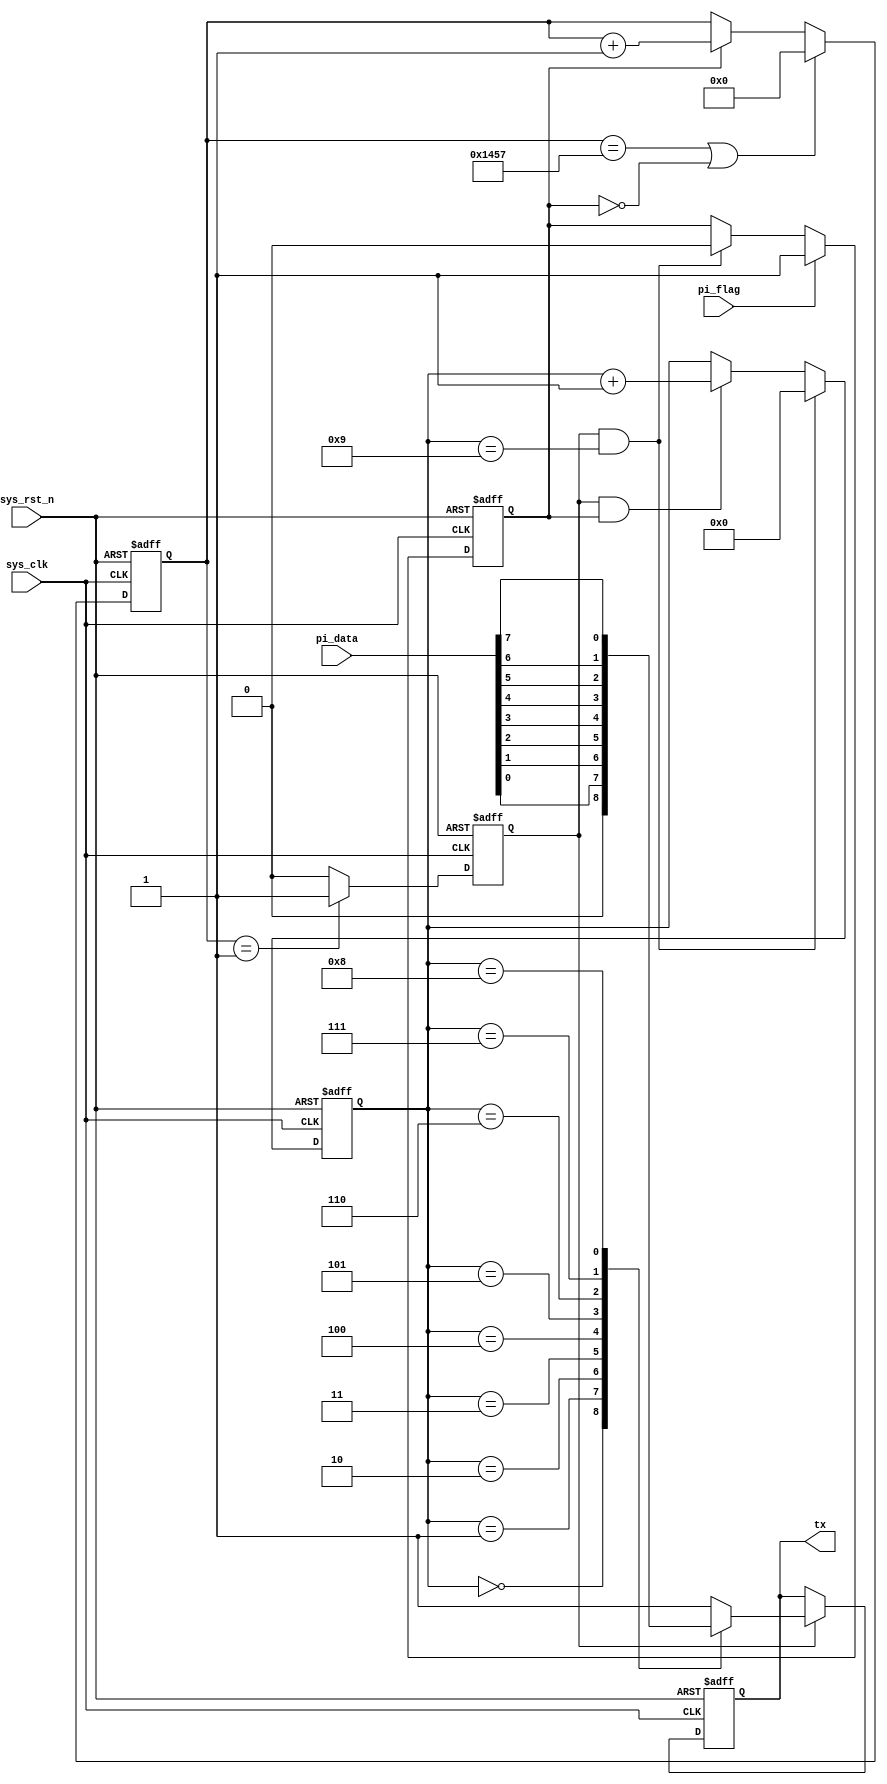
`timescale  1ns/1ns
////////////////////////////////////////////////////////////////////////
// Module Name   : uart_tx
// Project Name  : uart_sd
// Target Devices: Altera EP4CE10F17C8N
// Tool Versions : Quartus 13.0
// Description   : 
// 
// Revision      : V1.0
// Additional Comments:
// 
// : _Pro_FPGA
//     : http://www.embedfire.com
//     : http://www.firebbs.cn
//     : https://fire-stm32.taobao.com
////////////////////////////////////////////////////////////////////////

module  uart_tx
#(
    parameter   UART_BPS    =   'd9600,         //
    parameter   CLK_FREQ    =   'd50_000_000    //
)
(
     input   wire            sys_clk     ,   //50MHz
     input   wire            sys_rst_n   ,   //
     input   wire    [7:0]   pi_data     ,   //8bit
     input   wire            pi_flag     ,   //
 
     output  reg             tx              //1bit
);

//********************************************************************//
//****************** Parameter and Internal Signal *******************//
//********************************************************************//
//localparam    define
localparam  BAUD_CNT_MAX    =   CLK_FREQ/UART_BPS   ;

//reg   define
reg [12:0]  baud_cnt;
reg         bit_flag;
reg [3:0]   bit_cnt ;
reg         work_en ;

//********************************************************************//
//***************************** Main Code ****************************//
//********************************************************************//
//work_en:
always@(posedge sys_clk or negedge sys_rst_n)
        if(sys_rst_n == 1'b0)
            work_en <= 1'b0;
        else    if(pi_flag == 1'b1)
            work_en <= 1'b1;
        else    if((bit_flag == 1'b1) && (bit_cnt == 4'd9))
            work_en <= 1'b0;

//baud_cnt:0BAUD_CNT_MAX - 1
always@(posedge sys_clk or negedge sys_rst_n)
        if(sys_rst_n == 1'b0)
            baud_cnt <= 13'b0;
        else    if((baud_cnt == BAUD_CNT_MAX - 1) || (work_en == 1'b0))
            baud_cnt <= 13'b0;
        else    if(work_en == 1'b1)
            baud_cnt <= baud_cnt + 1'b1;

//bit_flag:baud_cnt1bit_flag
always@(posedge sys_clk or negedge sys_rst_n)
        if(sys_rst_n == 1'b0)
            bit_flag <= 1'b0;
        else    if(baud_cnt == 13'd1)
            bit_flag <= 1'b1;
        else
            bit_flag <= 1'b0;

//bit_cnt:10
always@(posedge sys_clk or negedge sys_rst_n)
    if(sys_rst_n == 1'b0)
        bit_cnt <= 4'b0;
    else    if((bit_flag == 1'b1) && (bit_cnt == 4'd9))
        bit_cnt <= 4'b0;
    else    if((bit_flag == 1'b1) && (work_en == 1'b1))
        bit_cnt <= bit_cnt + 1'b1;

//tx:rs23201
always@(posedge sys_clk or negedge sys_rst_n)
        if(sys_rst_n == 1'b0)
            tx <= 1'b1; //
        else    if(bit_flag == 1'b1)
            case(bit_cnt)
                0       : tx <= 1'b0;
                1       : tx <= pi_data[0];
                2       : tx <= pi_data[1];
                3       : tx <= pi_data[2];
                4       : tx <= pi_data[3];
                5       : tx <= pi_data[4];
                6       : tx <= pi_data[5];
                7       : tx <= pi_data[6];
                8       : tx <= pi_data[7];
                9       : tx <= 1'b1;
                default : tx <= 1'b1;
            endcase

endmodule